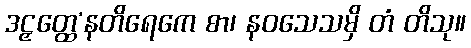
ဒဠှတ္ထေ’နတိရေကေ စာ၊ နဝသေသမှိ တံ တိသု။